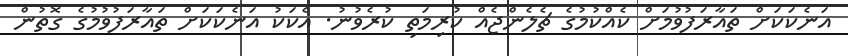
އަނެކަކަށް ތައާރަފުވުމަށް ކެއްކުމުގެ ޗެލެންޖެއް ކުރިމަތި ކުރެވުނު. އެކަކު އަނެކަކަށް ތައާރަފުވުމުގެ ގޮތުން